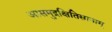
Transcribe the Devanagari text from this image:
आसमुद्रक्षितिसानाम्